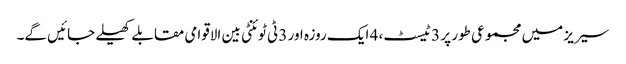
سیریز میں مجموعی طور پر 3 ٹیسٹ، 4 ایک روزہ اور 3 ٹی ٹوئنٹی بین الاقوامی مقابلے کھیلے جائیں گے۔